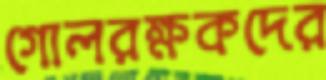
গোলরক্ষকদের